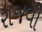
રાજવી